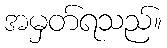
အမှတ်ရသည်။